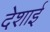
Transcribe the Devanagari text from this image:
देशाई